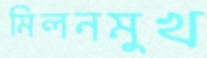
মিলনমুখ